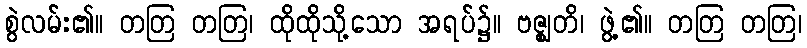
စွဲလမ်း၏။ တတြ တတြ၊ ထိုထိုသို့သော အရပ်၌။ ဗဇ္ဈတိ၊ ဖွဲ့၏။ တတြ တတြ၊